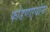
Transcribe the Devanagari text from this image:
फोडणाऱ्यांना